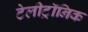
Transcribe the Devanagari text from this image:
टेलीट्रॉनिक